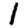
Digit: 1